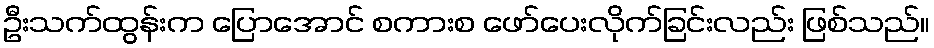
ဦးသက်ထွန်းက ပြောအောင် စကားစ ဖော်ပေးလိုက်ခြင်းလည်း ဖြစ်သည်။